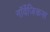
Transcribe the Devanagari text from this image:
नॉर्वेजिकस